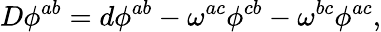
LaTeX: D\phi^{ab}=d\phi^{ab}-\omega^{ac}\phi^{cb}-\omega^{bc}\phi^{ac},